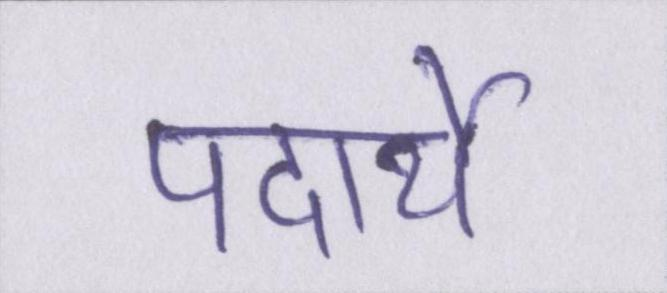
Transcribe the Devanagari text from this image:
पदार्थे